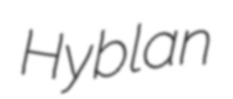
Hyblan